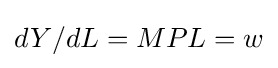
{dY}/{dL}=MPL=w